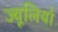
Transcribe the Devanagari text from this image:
ज्यूलियो